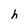
Character: h